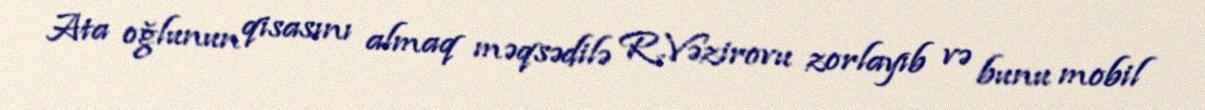
Ata oğlunun qisasını almaq məqsədilə R.Vəzirovu zorlayıb və bunu mobil